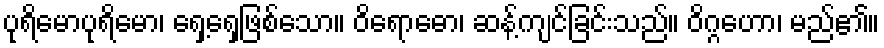
ပုရိမောပုရိမော၊ ရှေ့ရှေ့ဖြစ်သော။ ဝိရောဓော၊ ဆန့်ကျင်ခြင်းသည်။ ဝိဂ္ဂဟော၊ မည်၏။